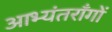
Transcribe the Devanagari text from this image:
आभ्यंतराँगों